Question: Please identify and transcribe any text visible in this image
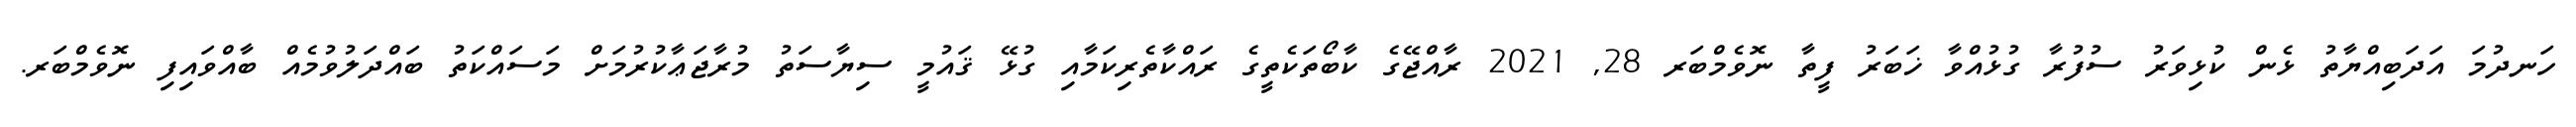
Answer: ހަނދުމަ އަދަބިއްޔާތު ޅެން ކުޅިވަރު ސުފުރާ ގުޅުއްވާ ޚަބަރު ފީތާ ނޮވެމްބަރ 28, 2021 ރާއްޖޭގެ ކާބޯތަކެތީގެ ރައްކާތެރިކަމާއި ގުޅޭ ޤައުމީ ސިޔާސަތު މުރާޖަޢާކުރުމަށް މަސައްކަތު ބައްދަލުވުމެއް ބާއްވައިފި ނޮވެމްބަރ.